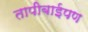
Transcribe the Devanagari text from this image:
तापीबाईपण